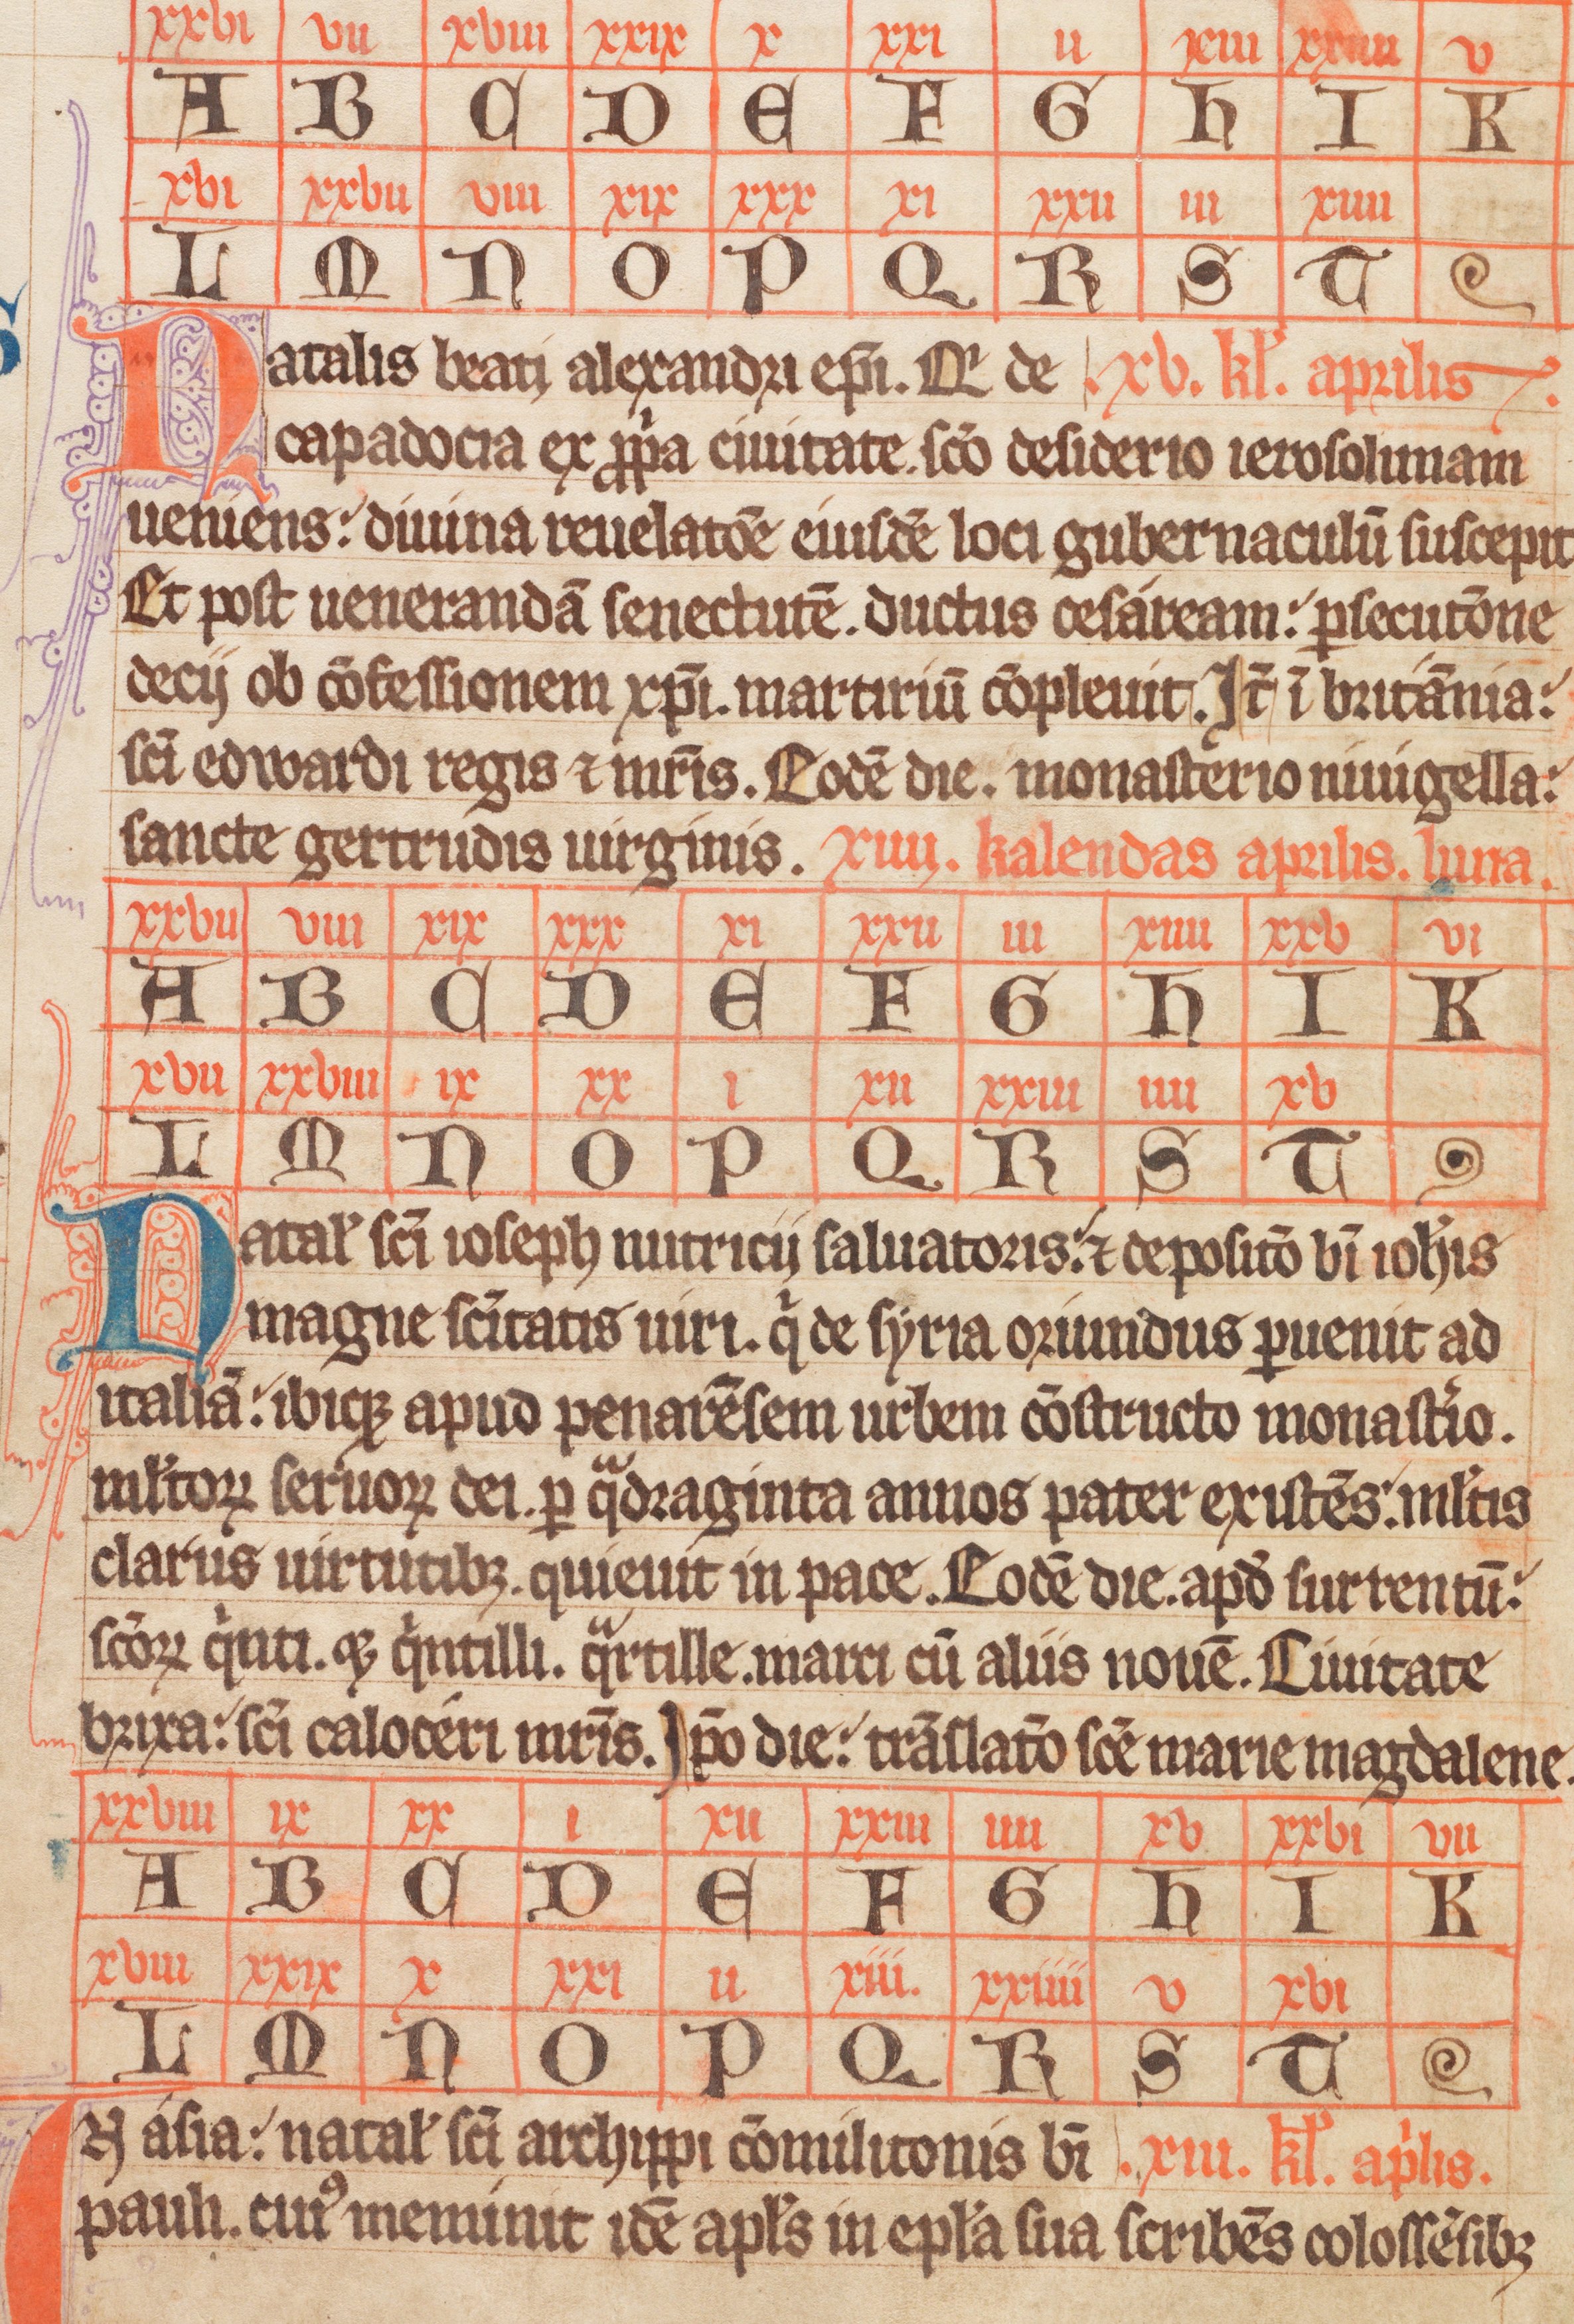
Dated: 1338–1338